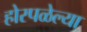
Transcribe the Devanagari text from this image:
होरपळेल्या